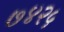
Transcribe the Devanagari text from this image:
७४२५